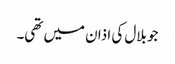
جو بلال کی اذان میں تھی۔